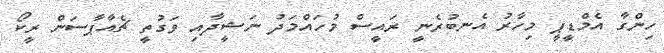
ހިންގާ އެމްޑީޕީ މިހާރު އެނބުރެނީ ރައީސް މުހައްމަދު ނަޝީދާއި ވަގުތީ ޗެއާޕާސަން ރީކޯ